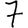
Digit: 7